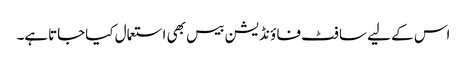
اس کے لیے سا فٹ فا ؤنڈیشن بیس بھی استعمال کیاجاتاہے۔